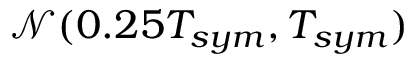
\mathcal { N } ( 0 . 2 5 T _ { s y m } , T _ { s y m } )